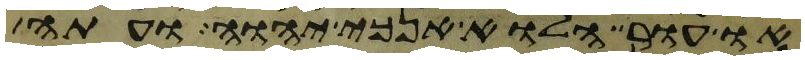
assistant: או עור הלוא אנכי יהוה ועתה